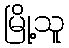
မြို့သူ